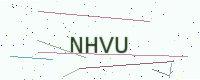
Text: NHVU